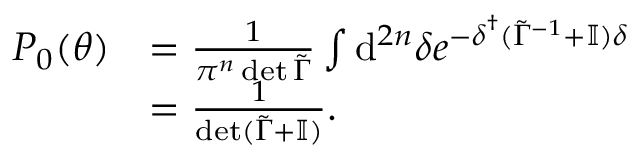
\begin{array} { r l } { P _ { 0 } ( \boldsymbol { \theta } ) } & { = \frac { 1 } { \pi ^ { n } \det \tilde { \Gamma } } \int \mathrm { d } ^ { 2 n } { \delta } e ^ { - \boldsymbol { \delta } ^ { \dagger } ( \tilde { \Gamma } ^ { - 1 } + \mathbb { I } ) \boldsymbol { \delta } } } \\ & { = \frac { 1 } { \det ( \tilde { \Gamma } + \mathbb { I } ) } . } \end{array}